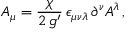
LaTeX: A _ { \mu } = \frac { \chi } { 2 \, g ^ { \prime } } \, \epsilon _ { \mu \nu \lambda } \, \partial ^ { \nu } A ^ { \lambda } \, ,